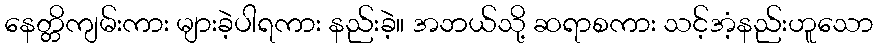
နေတ္တိကျမ်းကား များခဲ့ပါရကား နည်းခဲ့။ အဘယ်သို့ ဆရာစကား သင့်အံ့နည်းဟူသော